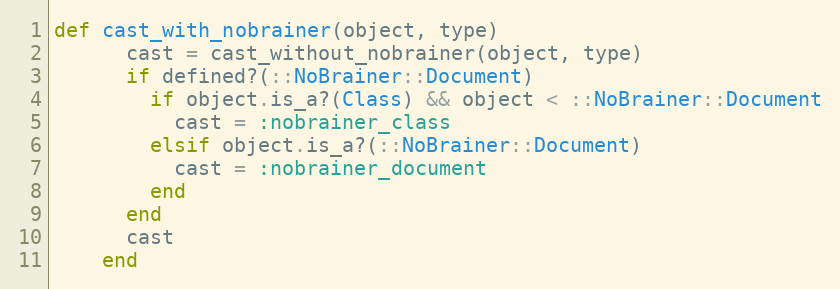
Language: Ruby
def cast_with_nobrainer(object, type)
      cast = cast_without_nobrainer(object, type)
      if defined?(::NoBrainer::Document)
        if object.is_a?(Class) && object < ::NoBrainer::Document
          cast = :nobrainer_class
        elsif object.is_a?(::NoBrainer::Document)
          cast = :nobrainer_document
        end
      end
      cast
    end